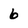
Character: 6